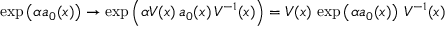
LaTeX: \exp \left( \alpha a _ { 0 } ( x ) \right) \to \exp \left( \alpha V ( x ) \, a _ { 0 } ( x ) \, V ^ { - 1 } ( x ) \right) = V ( x ) \, \exp \left( \alpha a _ { 0 } ( x ) \right) \, V ^ { - 1 } ( x )